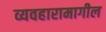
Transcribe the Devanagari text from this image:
व्यवहारामागील